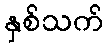
နှစ်သက်